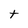
Character: t